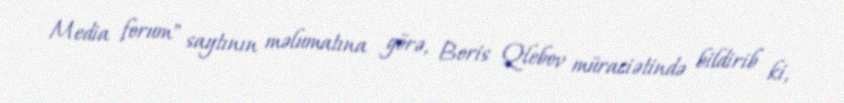
Media forum" saytının məlumatına görə, Boris Qlebov müraciətində bildirib ki,